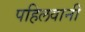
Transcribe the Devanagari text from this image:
पहिलवानी